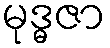
မုဒ္ဓဇာ